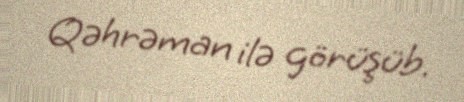
Qəhrəman ilə görüşüb.